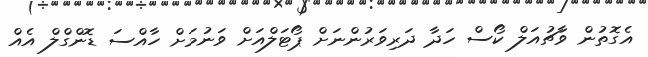
އެގޮތުން ވާޗުއަލް ކޯސް ހަދާ ދަރިވަރުންނަށް ޕޯޓަލްއަށް ވަނުމަށް ހާއްސަ ޑޮންގްލް އެއް